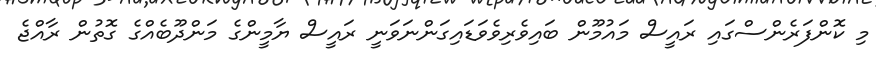
މި ކޮންފަރެންސްގައި ރައީސް މައުމޫން ބައިވެރިވެވަޑައިގަންނަވަނީ ރައީސް ޔާމީންގެ މަންދޫބެއްގެ ގޮތުން ރާއްޖެ